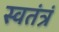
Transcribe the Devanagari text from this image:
स्वतंत्रं